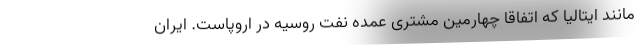
مانند ایتالیا كه اتفاقا چهارمین مشتری عمده نفت روسیه در اروپاست. ایران